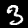
Label: 3